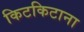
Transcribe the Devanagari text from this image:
किटकिटाना